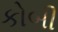
કોબી